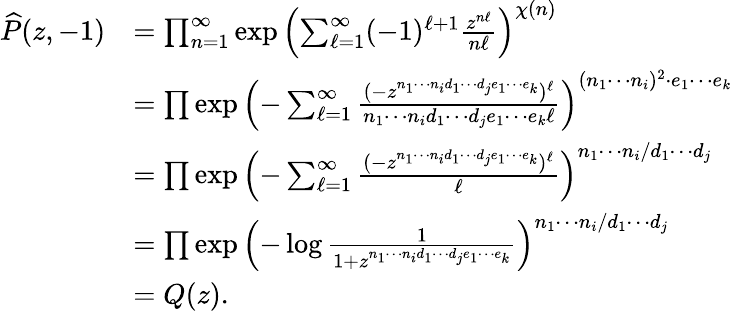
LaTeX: \begin{array}{rl}{\widehat{P}(z,-1)}&{=\prod_{n=1}^{\infty}\exp\left(\sum_{\ell=1}^{\infty}(-1)^{\ell+1}\frac{z^{n\ell}}{n\ell}\right)^{\chi(n)}}\\ &{=\prod\exp\left(-\sum_{\ell=1}^{\infty}\frac{(-z^{n_{1}\cdots n_{i}d_{1}\cdots d_{j}e_{1}\cdots e_{k}})^{\ell}}{n_{1}\cdots n_{i}d_{1}\cdots d_{j}e_{1}\cdots e_{k}\ell}\right)^{(n_{1}\cdots n_{i})^{2}\cdot e_{1}\cdots e_{k}}}\\ &{=\prod\exp\left(-\sum_{\ell=1}^{\infty}\frac{(-z^{n_{1}\cdots n_{i}d_{1}\cdots d_{j}e_{1}\cdots e_{k}})^{\ell}}{\ell}\right)^{n_{1}\cdots n_{i}/d_{1}\cdots d_{j}}}\\ &{=\prod\exp\left(-\log\frac{1}{1+z^{n_{1}\cdots n_{i}d_{1}\cdots d_{j}e_{1}\cdots e_{k}}}\right)^{n_{1}\cdots n_{i}/d_{1}\cdots d_{j}}}\\ &{=Q(z).}\end{array}